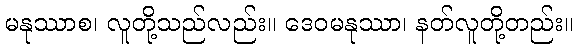
မနုဿာစ၊ လူတို့သည်လည်း။ ဒေဝမနုဿာ၊ နတ်လူတို့တည်း။